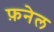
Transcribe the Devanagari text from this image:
फ़नेल